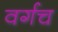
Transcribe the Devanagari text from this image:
वर्गच